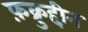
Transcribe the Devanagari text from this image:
फ़क्रुद्दीन